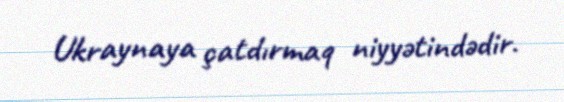
Ukraynaya çatdırmaq niyyətindədir.